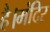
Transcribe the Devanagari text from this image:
है।मंदिर